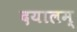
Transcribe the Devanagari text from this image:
दयालम्